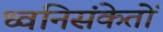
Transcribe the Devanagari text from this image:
ध्वनिसंकेतों